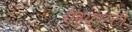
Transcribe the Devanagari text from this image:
ऐस्फाल्टी